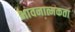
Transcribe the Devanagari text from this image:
भावनात्मकता